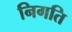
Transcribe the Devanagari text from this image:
निगति